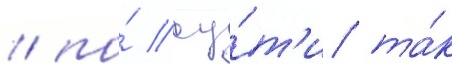
/ по́ су́т'и та́к